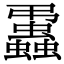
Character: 𧔨